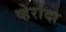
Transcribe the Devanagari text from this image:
व्हेरांदा